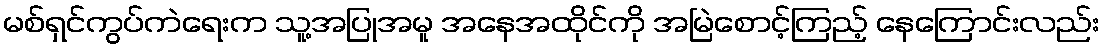
မစ်ရှင်ကွပ်ကဲရေးက သူ့အပြုအမူ အနေအထိုင်ကို အမြဲစောင့်ကြည့် နေကြောင်းလည်း